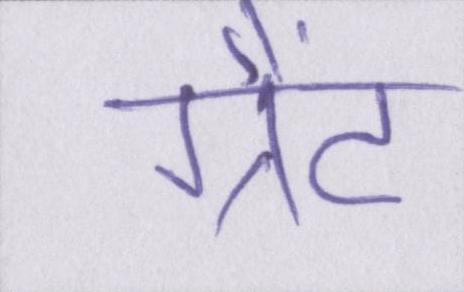
ग्रैंट